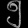
Digit: ၅